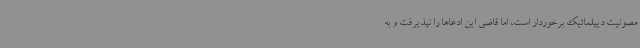
مصونیت دیپلماتیک برخوردار است، اما قاضی این ادعاها را نپذیرفت و به